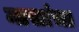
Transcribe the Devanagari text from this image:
मासांचा